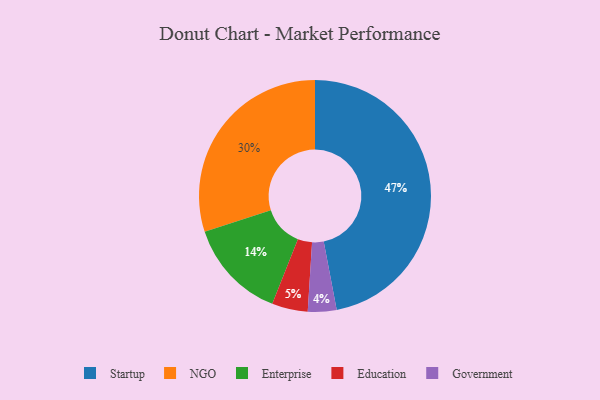
{"axis": {"x": "Category", "y": "Percentage"}, "legend": ["Education", "Enterprise", "Government", "NGO", "Startup"], "data": [{"x": "NGO", "y": 30, "type": "NGO"}, {"x": "Enterprise", "y": 14, "type": "Enterprise"}, {"x": "Startup", "y": 47, "type": "Startup"}, {"x": "Education", "y": 5, "type": "Education"}, {"x": "Government", "y": 4, "type": "Government"}]}